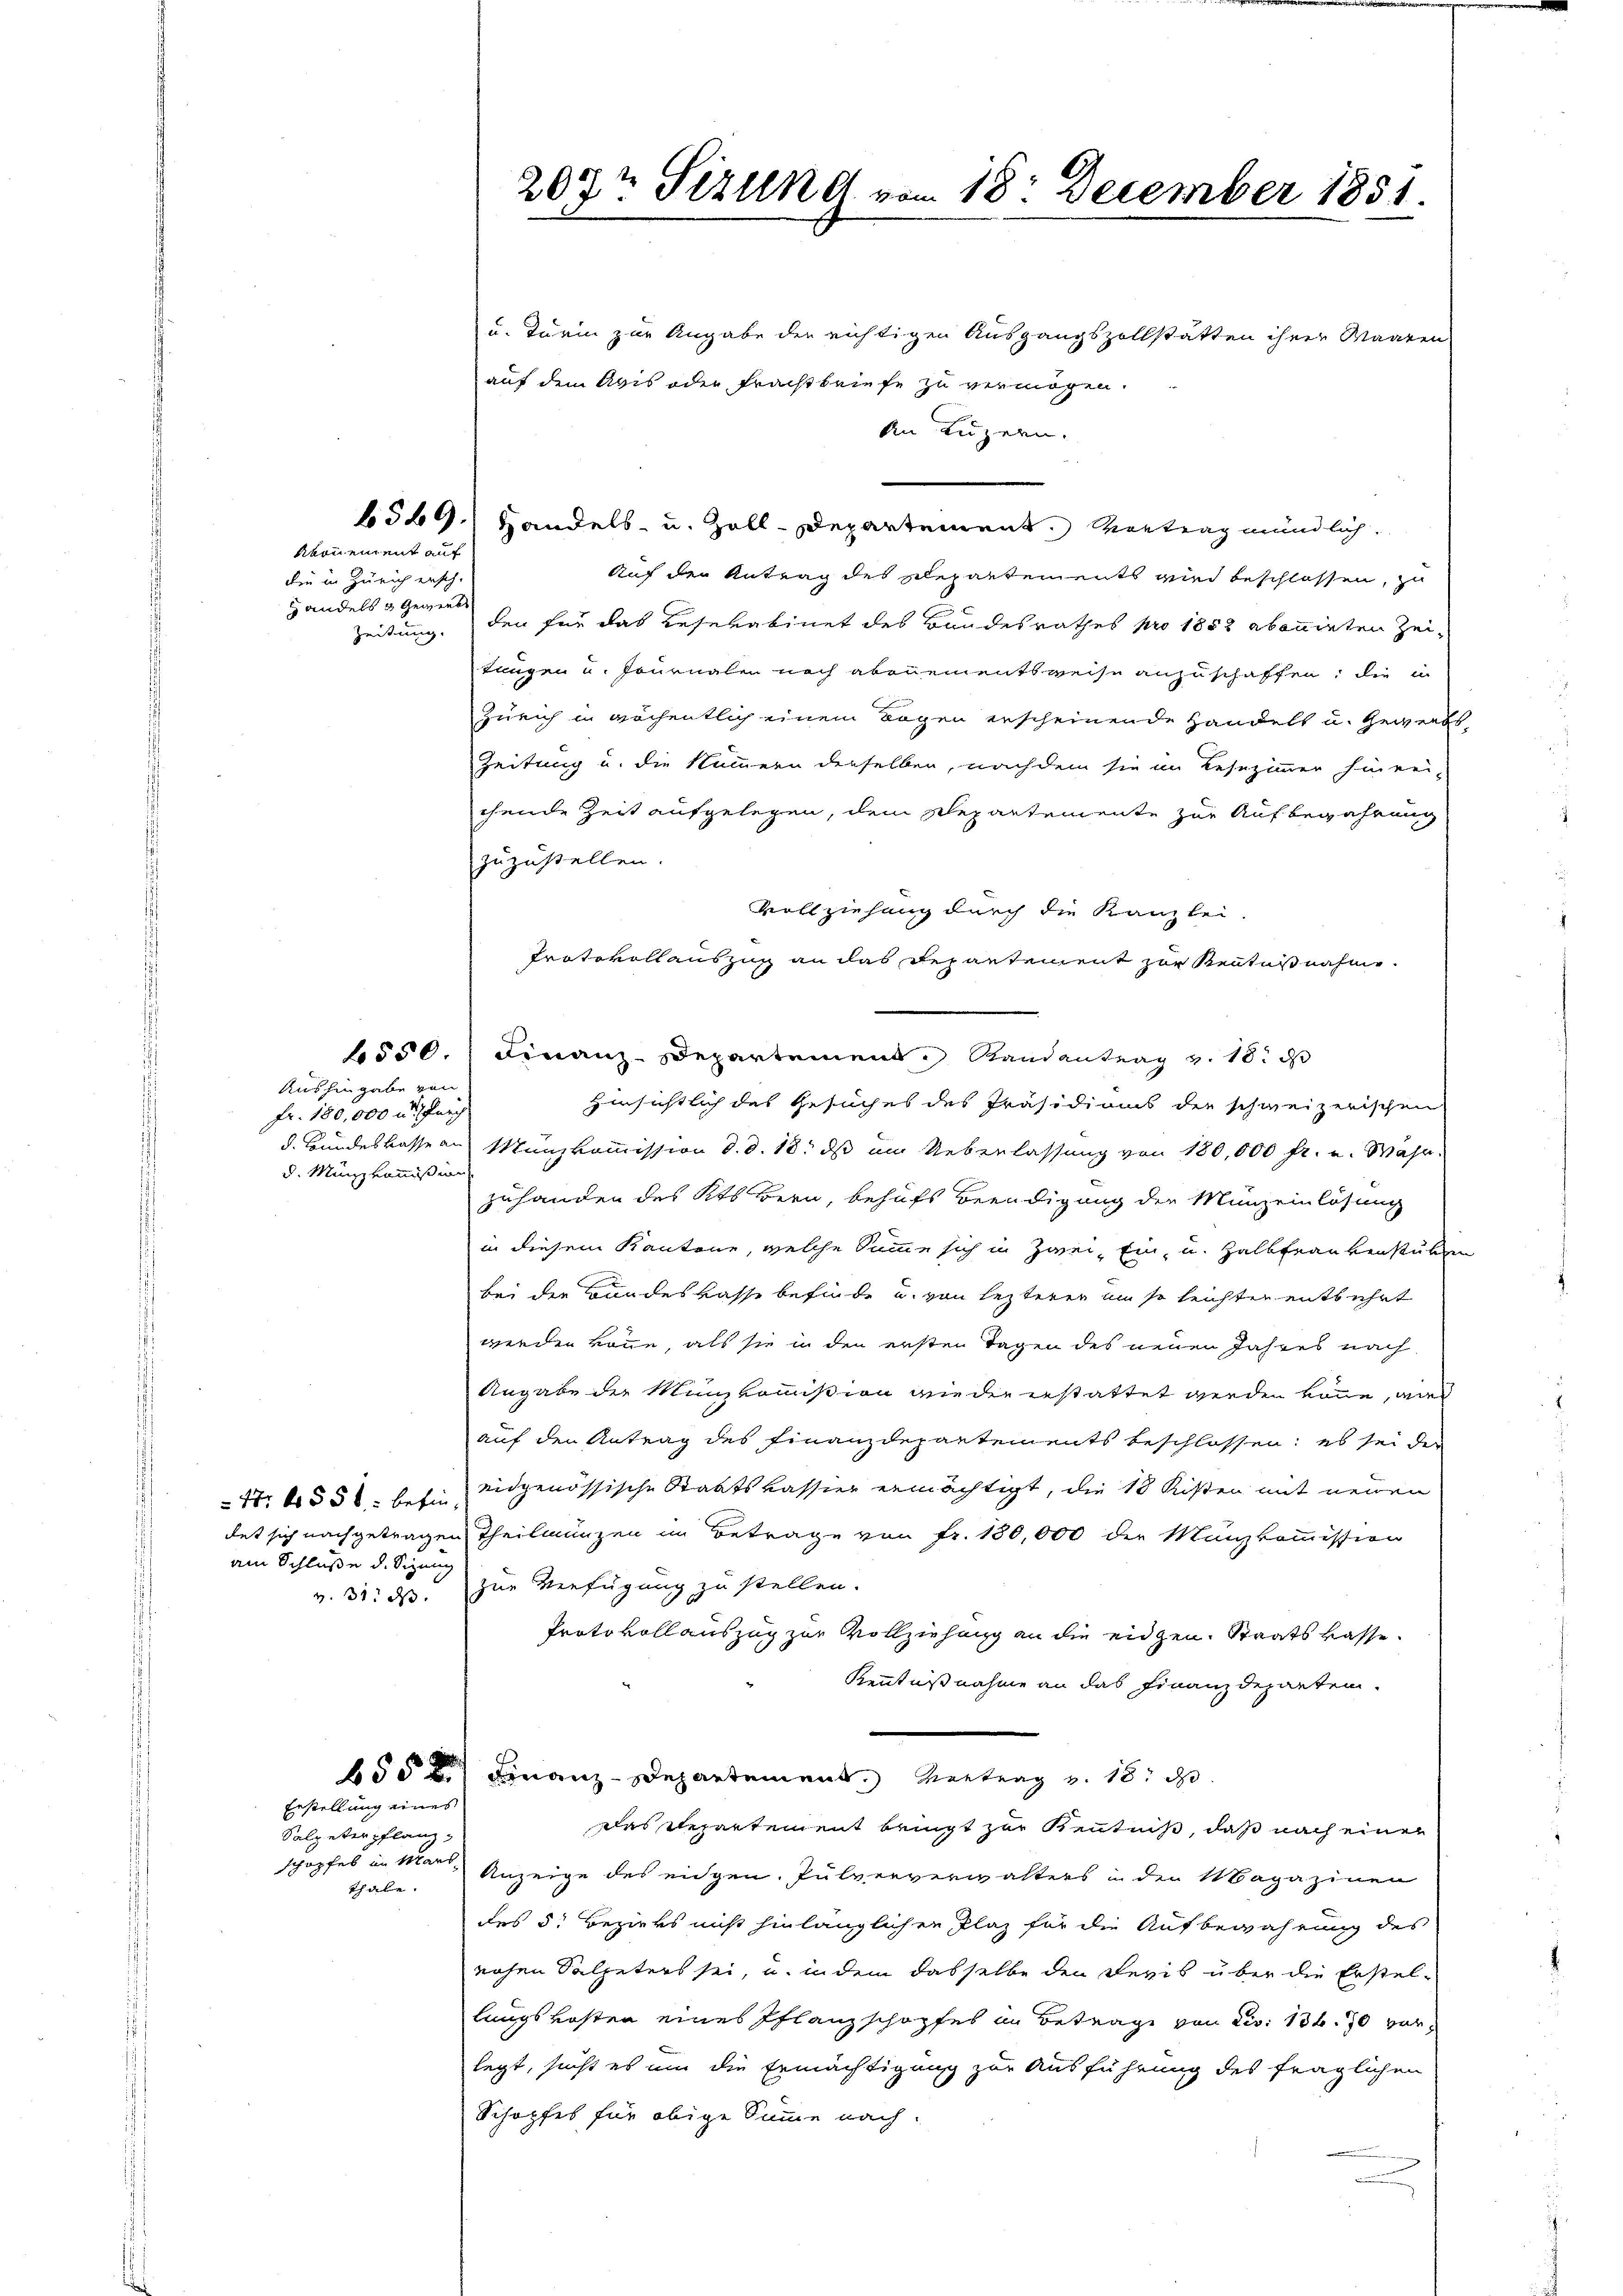
Meonement auf

die in Zürich ersch.
handels & gewiese
Zeitung.

Aushingabe von
fr. 180,000 u. furch
d. Münzkommission

am Schluße d. Sizung
v. 31. ds.

Erstellung eines

Salpeter pflanz,
thabe.

207t Sizung vom 18. December 1851

u. Turin zur Angabe der richtigen Ausgangszollstätten ihrer Waaren
auf dem Avis oder Frachtbriefe zu vermögen.
An Luzern.
Auf der Antrag des Departements wird beschlossen, z
den für das Resekabinet des Bandesrathes pro 1852 abonnirten Zeitungen u. Journalen nach abonnementsweise anzuschaffen; die in
Zürich in röchentlich einem Bogen erscheinende Handelt u. Gewerbs-
Zeitung u. die Nummern derselben, nachdem sie im Lesezimmer hinrei-
chende Zeit aufgelegen, dem Departemente zur Aufbewahrung
zuzustellen.
Vollziehung durch die Kanzlei
Protokollauszug an das Departement zur Kenntnisnahme.
6550. Finanz-Departement. Randantrag v. 18. d
Hinsichtlich des Gesuches des Präsidiums die schweizerischen
d. Bundeskasse aus Münzkommission d. d. 18. ds um Ueberlassung von 180,000 fr. u. Währ
zuhanden des Kts Bern, behufs Beendigung der Münzeinlösung
in diesem Kantone, welche Summe sich in Zwei Ein- u. Halbfrau verstuben
bei der Bundeskasse befinde u. von lezterer um so leichter entbührt
werden könne, als sie in den ersten Tagen des neuen Jahres nach
Angabe der Münzkommißion wieder erstattet werden könne, wie
auf den Antrag des Finanzdepartements beschlossen; es sei der
N. 4556 besie eidgenössische Staatskassier ermächtigt, die 18 Kisten mit neuen
det sich nachgetragen Theilmünzen im Betrage von Fr. 180,000 der Münzkommission
zur Verfügung zu stellen.
Protokollauszug zur Vollziehung an die eidgen. Staatskasse.
Kenntnißnahme an das Finanzdeparten.
650 Finanz-Departement Vertrag v. 18. d.
das Repartement bringt zur Kenntniß, daß nach einer
schopfes in Mar. Anzeige des eidgen. Pulververwalters in der Magazinen
des 5. Bezirks nicht hinlänglichen Plaz für die Aufbewahrung des
nohen Salpeters sei, u. in dem dasselbe den Revis über die Erstel-
lungskosten eines Pflanzschopfes in Betrage von Fr. 136. 70 vorlegt, sucht es um die Ermächtigung zur Ausführung des fraglichen
Schopfes für obige Summe nach.

6549. Handels- u. Zoll-Departement. Vortrag mündlich.